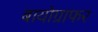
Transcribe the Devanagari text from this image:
बायोग्राफर